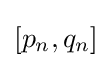
[p_{n},q_{n}]